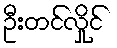
ဦးတင်လှိုင်